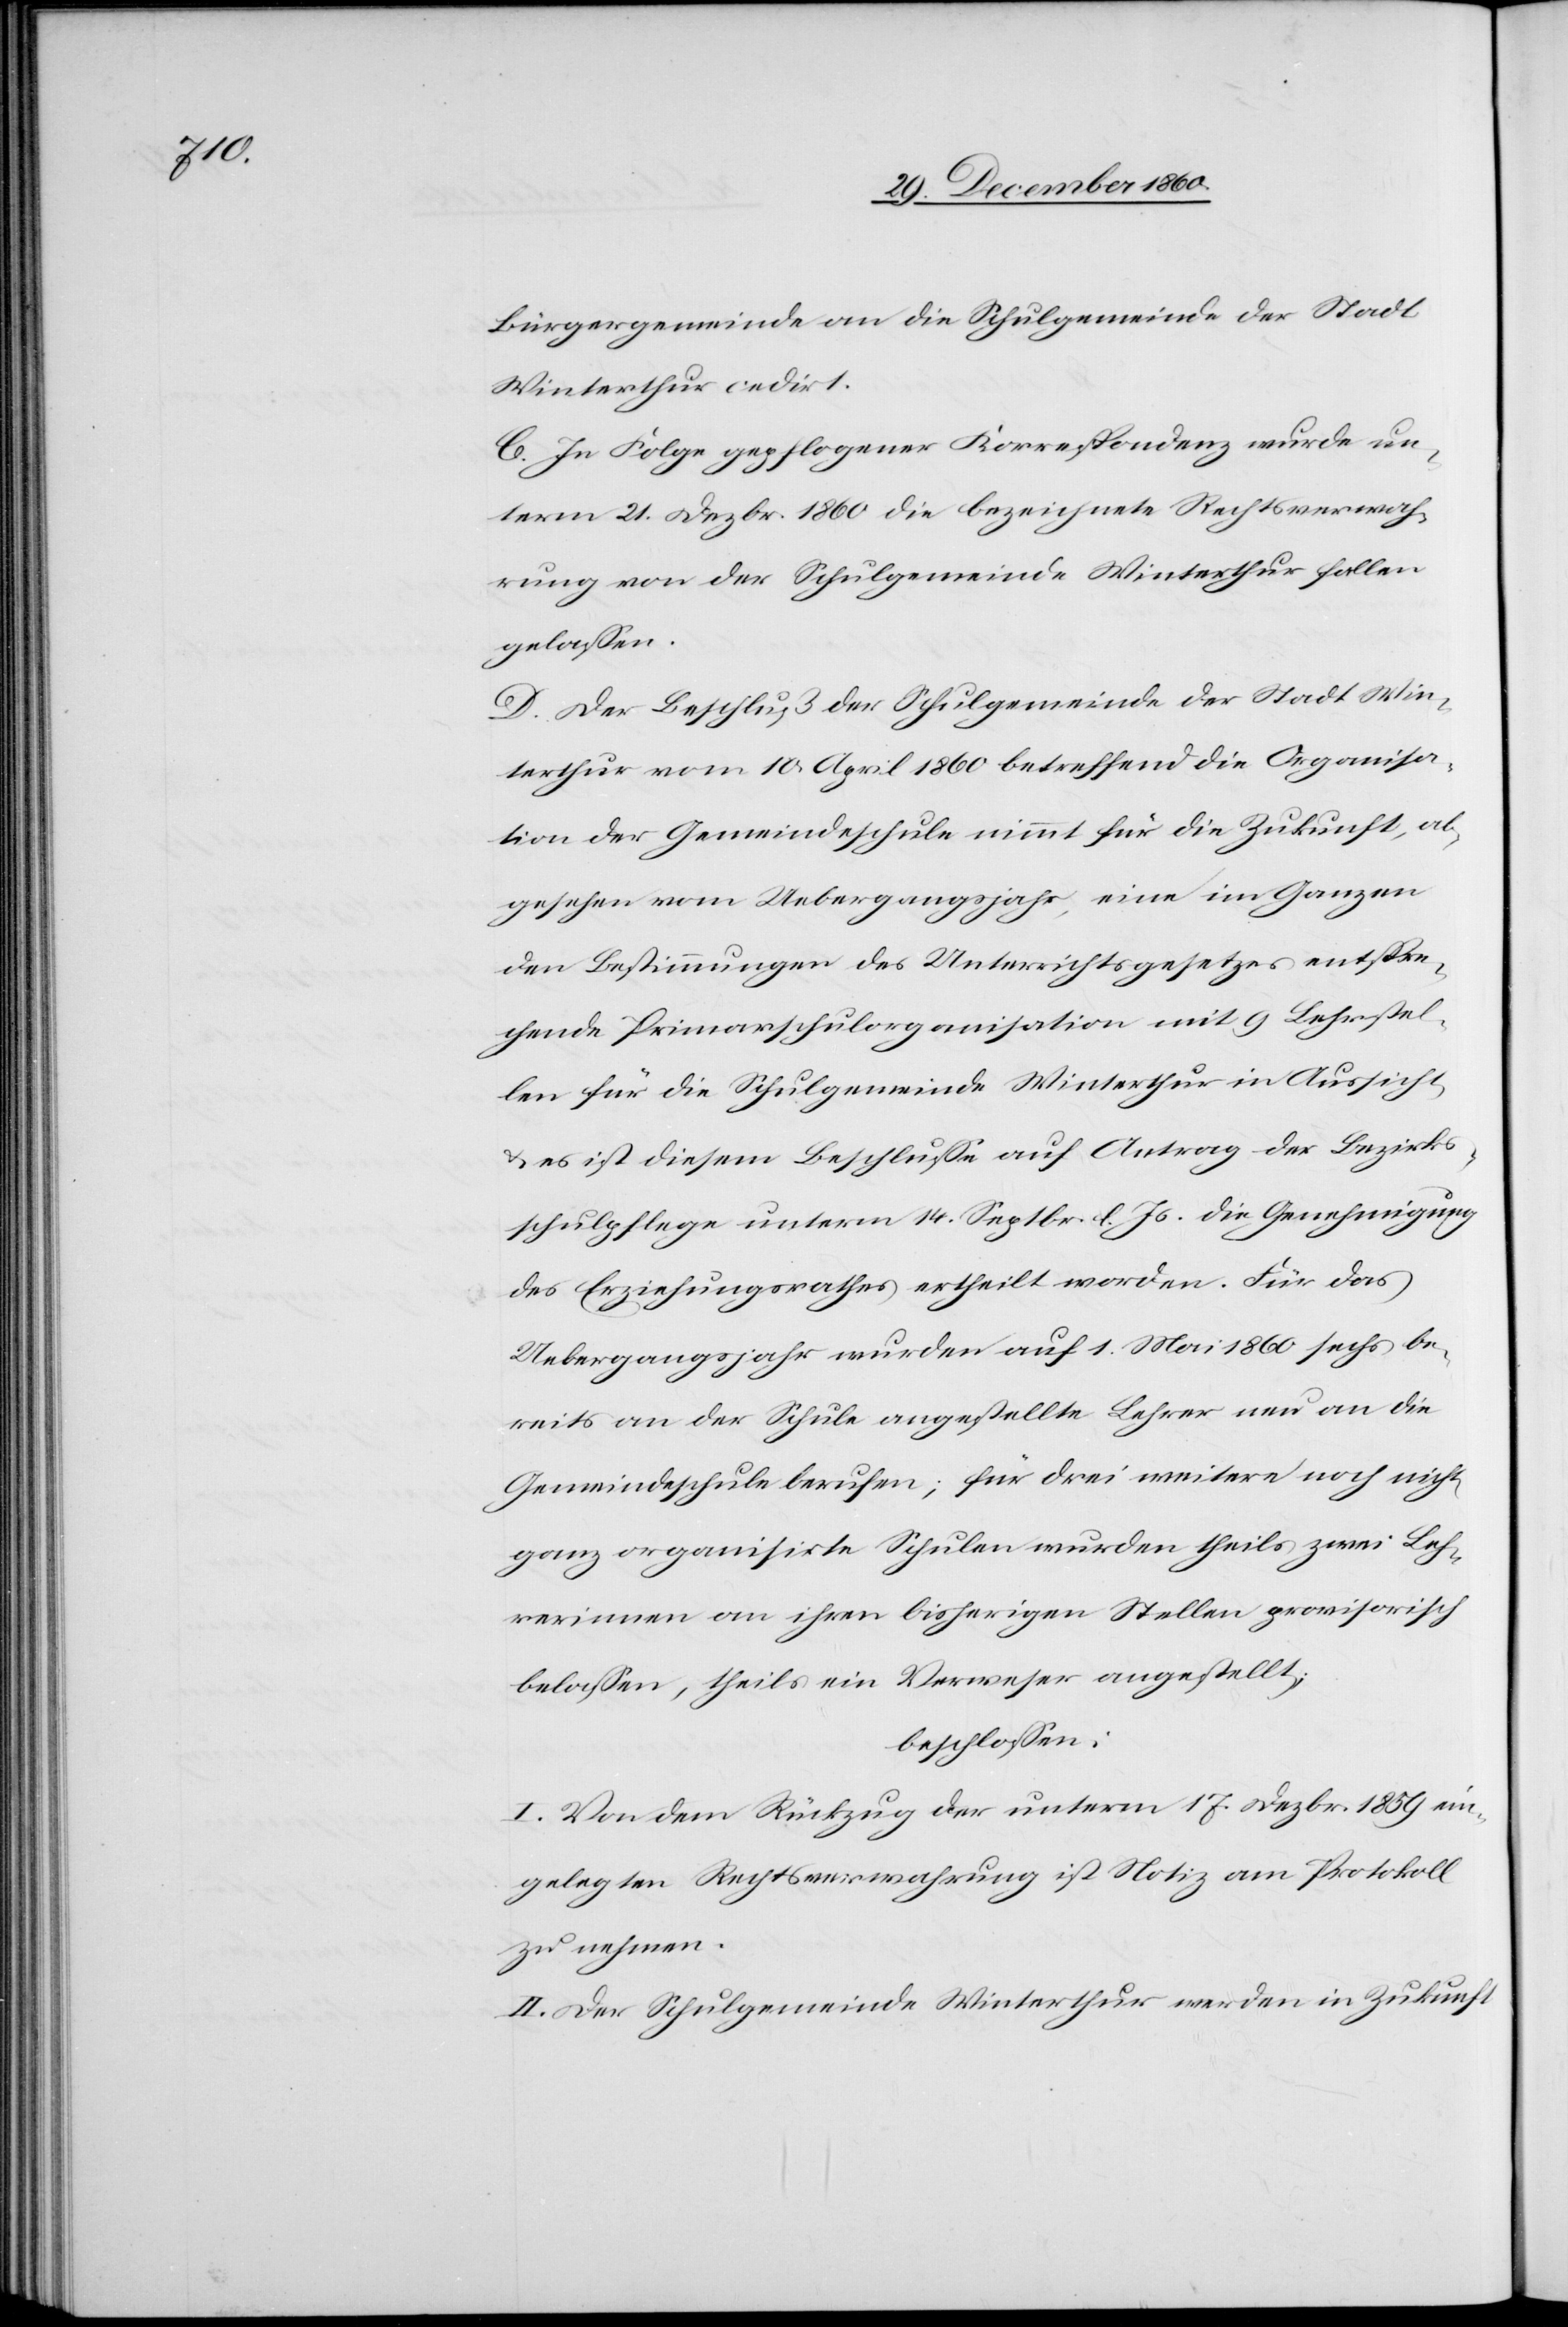
Bürgergemeinde an die Schulgemeinde der Stadt
Winterthur cedirt.
C. In Folge gepflogener Korrespondenz wurde un¬
term 21. Dezbr. 1860 die bezeichnete Rechtsverwah¬
rung von der Schulgemeinde Winterthur fallen
gelassen.
D: Der Beschluß der Schulgemeinde der Stadt Win¬
terthur vom 10. April 1860 betreffend die Organisa¬
tion der Gemeindeschule nimmt für die Zukunft, ab¬
gesehen vom Uebergangsjahr, eine im Ganzen
den Bestimmungen des Unterrichtsgesetzes entspre¬
chende Primarschulorganisation mit 9 Lehrstel¬
len für die Schulgemeinde Winterthur in Aussicht,
u. es ist diesem Beschlusse auf Antrag der Bezirks¬
schulpflege unterm 14. Septbr. l. Js. die Genehmigung
des Erziehungsrathes ertheilt worden. Für das
Uebergangsjahr wurden auf 1. Mai 1860 sechs be¬
reits an der Schule angestellte Lehrer neu an die
Gemeindeschule berufen; für drei weitere noch nicht
ganz organisirte Schulen wurden theils zwei Leh¬
rerinnen an ihren bisherigen Stellen provisorisch
belassen, theils ein Verweser angestellt,
beschlossen:
I. Von dem Rückzug der unterm 17. Dezbr. 1859 ein¬
gelegten Rechtsverwahrung ist Notiz am Protokoll
zu nehmen.
II. Der Schulgemeinde Winterthur werden in Zukunft